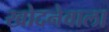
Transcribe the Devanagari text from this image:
खोदनेवाला